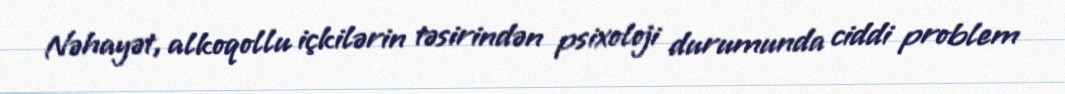
Nəhayət, alkoqollu içkilərin təsirindən psixoloji durumunda ciddi problem